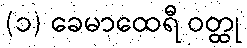
(၁) ခေမာထေရီ ဝတ္ထု